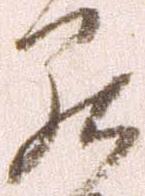
罷